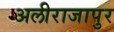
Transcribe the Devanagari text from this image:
अलीराजापुर